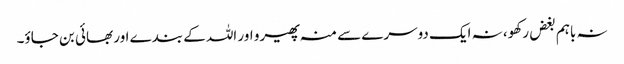
نہ باہم بغض رکھو، نہ ایک دوسرے سے منہ پھیرو اور اللہ کے بندے اور بھائی بن جاؤ۔